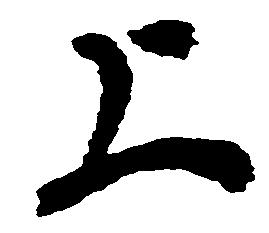
上